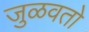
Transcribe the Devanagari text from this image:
जुळवतो